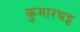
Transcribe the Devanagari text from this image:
कुमारभट्ट